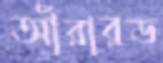
আঁরারড